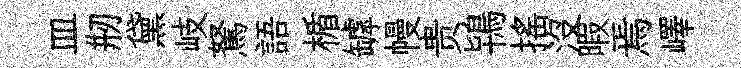
皿剏黛岐駑語楯罅幔贵鴇搖没暇焉嶧